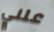
علني